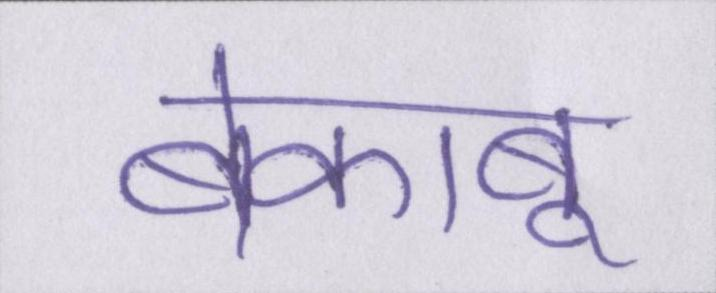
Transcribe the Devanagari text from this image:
बेकाबू